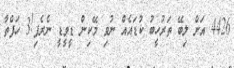
4426 އަށް ލިބޭ ތަރުހީބު ކުޑައެއް ނުވި މޭކިން ޑީވީޑީ ނެރެފި!3 ހަފްތާ